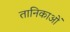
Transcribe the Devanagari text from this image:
तानिकाओं